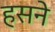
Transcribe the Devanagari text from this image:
हसने